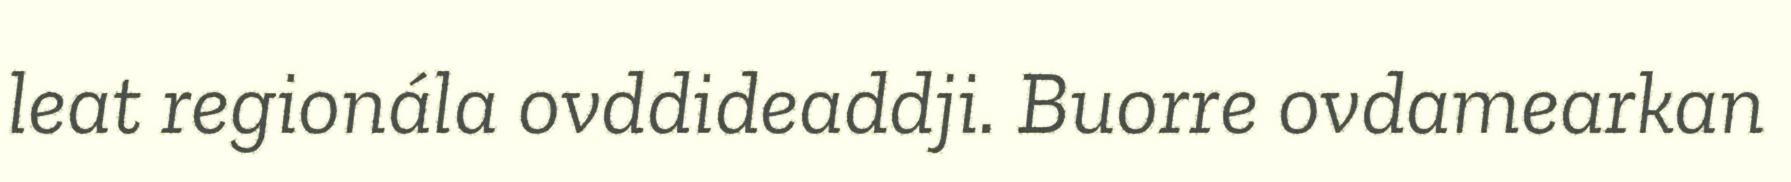
leat regionála ovddideaddji. Buorre ovdamearkan